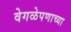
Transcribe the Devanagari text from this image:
वेगळेपणाच्या